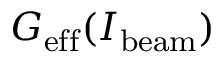
G _ { \mathrm { e f f } } ( I _ { \mathrm { b e a m } } )